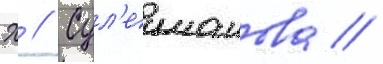
Х // Сул'еиманова //